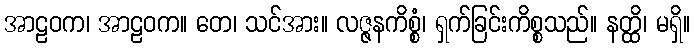
အာဠဝက၊ အာဠဝက။ တေ၊ သင်အား။ လဇ္ဇနကိစ္စံ၊ ရှက်ခြင်းကိစ္စသည်။ နတ္ထိ၊ မရှိ။